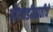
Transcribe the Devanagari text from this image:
पीएचडीसाठीचे